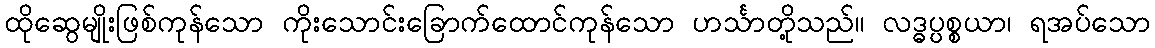
ထိုဆွေမျိုးဖြစ်ကုန်သော ကိုးသောင်းခြောက်ထောင်ကုန်သော ဟင်္သာတို့သည်။ လဒ္ဓပ္ပစ္စယာ၊ ရအပ်သော